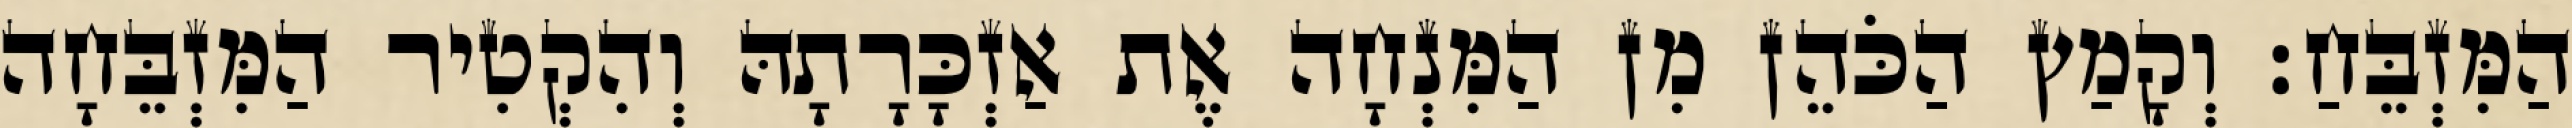
הַמִּזְבֵּחַ׃ וְקָמַץ הַכֹּהֵן מִן הַמִּנְחָה אֶת אַזְכָּרָתָהּ וְהִקְטִיר הַמִּזְבֵּחָה